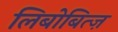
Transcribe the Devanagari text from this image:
लिबोबित्ज़